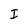
Character: I